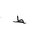
Letter: _da